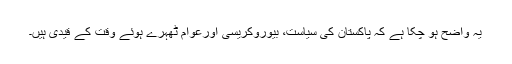
یہ واضح ہو چکا ہے کہ پاکستان کی سیاست، بیوروکریسی اورعوام ٹھہرے ہوئے وقت کے قیدی ہیں۔